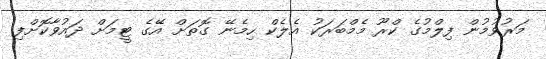
މަރުވުމުން ފިލްމުގެ ކްރޫ މެމްބަރަކު އެލެކް ހިމެނޭ ގޮތަށް އޭގެ ޓީމަށް ދައުވާކޮށްފި